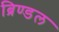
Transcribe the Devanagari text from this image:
ब्रिण्डल